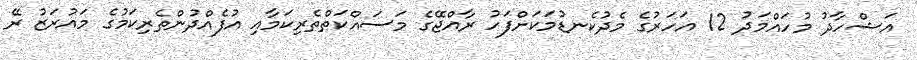
އަޝްހާދު މުހައްމަދު 12 އަހަރުގެ މެދުކެނޑުމަކަށްފަހު ރާއްޖޭގެ މަސައްކަތްތެރިކަމާއި އުފެއްދުންތެރިކަމުގެ މައުރަޒު ރޭ